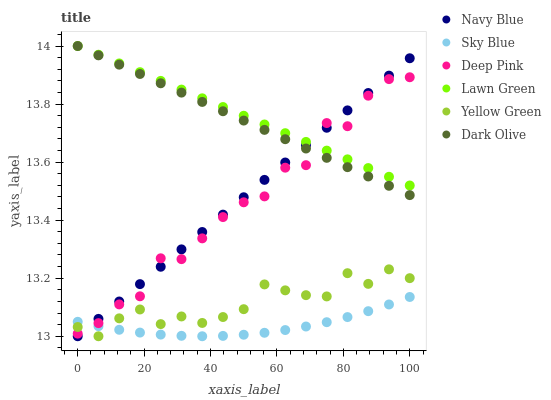
| xaxis_label | Navy Blue | Sky Blue | Deep Pink | Lawn Green | Yellow Green | Dark Olive |
 | --- | --- | --- | --- | --- | --- | --- |
 | 0 | 13 | 13 | 13 | 14 | 13 | 14 |
 | 6.25 | 13.1 | 13 | 13 | 14 | 13 | 14 |
 | 12.5 | 13.1 | 13 | 13.1 | 13.9 | 13.1 | 13.9 |
 | 18.8 | 13.2 | 13 | 13.1 | 13.9 | 13.1 | 13.9 |
 | 25 | 13.2 | 13 | 13.3 | 13.9 | 13 | 13.9 |
 | 31.2 | 13.3 | 13 | 13.3 | 13.8 | 13.1 | 13.8 |
 | 37.5 | 13.4 | 13 | 13.3 | 13.8 | 13 | 13.8 |
 | 43.8 | 13.4 | 13 | 13.4 | 13.8 | 13.1 | 13.8 |
 | 50 | 13.5 | 13 | 13.5 | 13.8 | 13.1 | 13.7 |
 | 56.2 | 13.5 | 13 | 13.5 | 13.7 | 13.2 | 13.7 |
 | 62.5 | 13.6 | 13 | 13.6 | 13.7 | 13.2 | 13.7 |
 | 68.8 | 13.7 | 13 | 13.6 | 13.7 | 13.1 | 13.6 |
 | 75 | 13.7 | 13 | 13.7 | 13.6 | 13.1 | 13.6 |
 | 81.2 | 13.8 | 13.1 | 13.7 | 13.6 | 13.2 | 13.6 |
 | 87.5 | 13.8 | 13.1 | 13.8 | 13.6 | 13.2 | 13.6 |
 | 93.8 | 13.9 | 13.1 | 13.9 | 13.5 | 13.2 | 13.5 |
 | 100 | 14 | 13.1 | 13.9 | 13.5 | 13.2 | 13.5 |